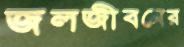
জলজীবনের